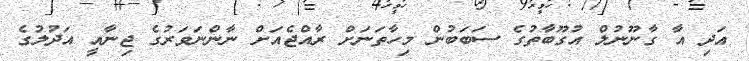
އަދި އާ ގާނޫނުލް އުގޫބާތުގެ ސަބަބުން މިހާތަނަށް ރާއްޖެއަށް ނާންނަވަރުގެ ޖިނާއީ އަދުލުގެ